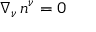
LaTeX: \nabla _ { \nu } \, n ^ { \nu } = 0